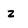
Character: z